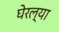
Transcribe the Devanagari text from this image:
घेरल्या